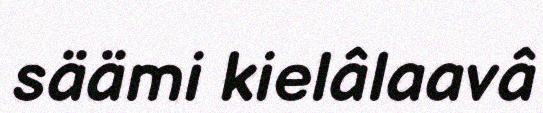
säämi kielâlaavâ